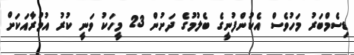
ޑިސެމްބަރު މަހުވެސް އެކުންފުނީގެ ބެލުމުގެ ދަށުން 23 މީހަކު ވަނީ ކުރު އުމުރާއަކަށް